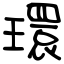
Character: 環